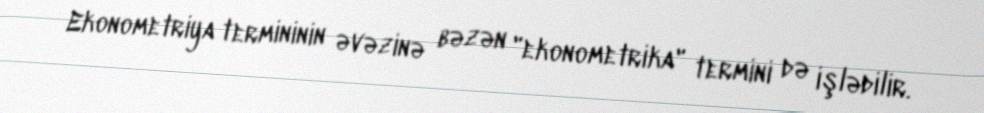
Ekonometriya termininin əvəzinə bəzən "ekonometrika" termini də işlədilir.